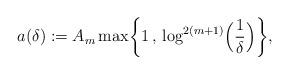
LaTeX: \begin{align*}a(\delta) := A_m\max\biggl\{1 \, , \, \log^{2(m+1)}\Bigl(\frac{1}{\delta}\Bigr)\biggr\},\end{align*}